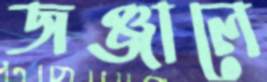
জঞ্জালে